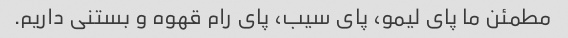
مطمئن ما پای لیمو، پای سیب، پای رام قهوه و بستنی داریم.